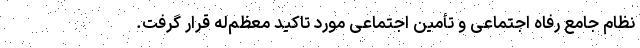
نظام جامع رفاه اجتماعی و تأمین اجتماعی مورد تاکید معظم‌له قرار گرفت.